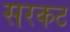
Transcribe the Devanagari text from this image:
सरकट